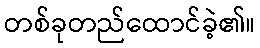
တစ်ခုတည်ထောင်ခဲ့၏။